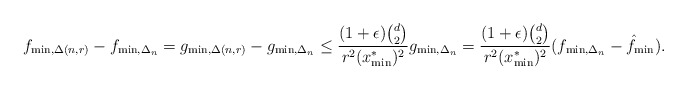
\begin{align*}f_{\min,\Delta(n,r)} - f_{\min,\Delta_n}= g_{\min,\Delta(n,r)} - g_{\min,\Delta_n}\le \frac{(1+\epsilon){d \choose 2}}{r^2(x^*_{\min})^2}g_{\min,\Delta_n}= \frac{(1+\epsilon){d \choose 2}}{r^2(x^*_{\min})^2}(f_{\min,\Delta_n}- \hat f_{\min}).\end{align*}